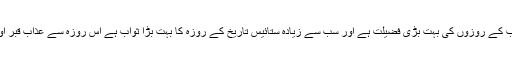
حضور اقدس فرماتے ہیں ماہِ رجب کے روزوں کی بہت بڑی فضیلت ہے اور سب سے زیادہ ستائیس تاریخ کے روزہ کا بہت بڑا ثواب ہے اس روزہ سے عذاب قبر اور نار دوزخ سے محفوظ رہے گا۔